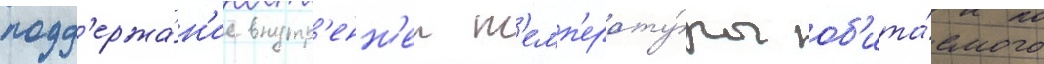
подд'ержа́н'ие внутр'енн'еи т'емп'ерату́ры об'ита́емого